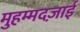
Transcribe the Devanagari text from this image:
मुहम्मदज़ाई